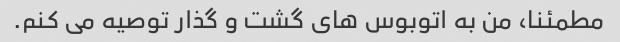
مطمئنا، من به اتوبوس های گشت و گذار توصیه می کنم.